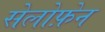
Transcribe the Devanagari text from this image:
सेलोफ़ेन